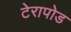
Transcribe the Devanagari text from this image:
टेरापोड